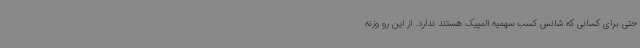
حتی برای کسانی که شانس کسب سهمیه المپیک هستند ندارد. از این رو وزنه